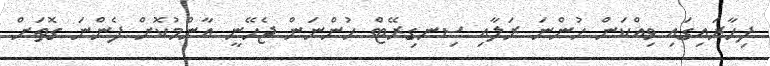
ފިހާރައިގައި ވިއްކަން ހުންނަ ރަލާއި ސިނގިރޭޓް ހުންނަން ޖެހޭނީ އާންމުކޮށް ފެންނަ ގޮތަށް